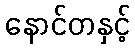
နောင်တနှင့်